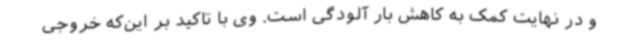
و در نهایت کمک به کاهش بار آلودگی است. وی با تاکید بر این‌که خروجی